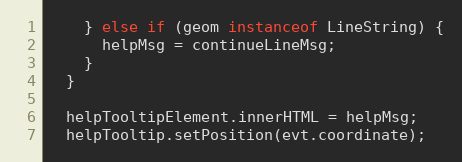
Language: JavaScript
    } else if (geom instanceof LineString) {
      helpMsg = continueLineMsg;
    }
  }

  helpTooltipElement.innerHTML = helpMsg;
  helpTooltip.setPosition(evt.coordinate);